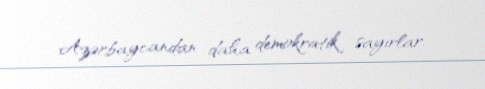
Azərbaycandan daha demokratik sayırlar.